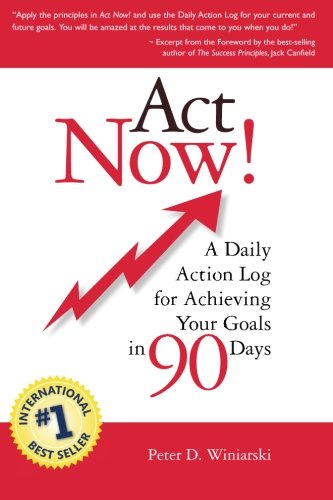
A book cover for Act Now! A Daily Action Log for Achieving Your Goals in 90 Days; Peter D. Winiarski; Self-Help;